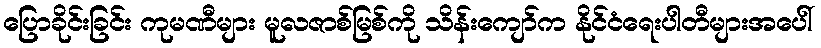
ပြောခိုင်းခြင်း ကုမဏီများ မူလဇာစ်မြစ်ကို သိန်းကျော်က နိုင်ငံရေးပါတီများအပေါ်